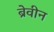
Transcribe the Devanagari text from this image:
ब्रेवीन